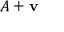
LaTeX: A + \mathbf { v }